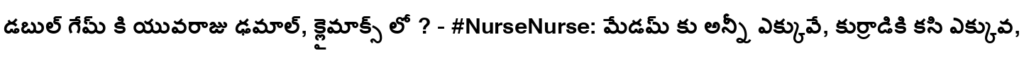
డబుల్ గేమ్ కి యువరాజు ఢమాల్, క్లైమాక్స్ లో ? - #NurseNurse: మేడమ్ కు అన్నీ ఎక్కువే, కుర్రాడికి కసి ఎక్కువ,